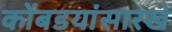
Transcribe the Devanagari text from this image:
कोंबडयांसारखे